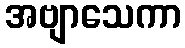
အဗျာသေကာ